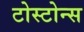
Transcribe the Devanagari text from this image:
टोस्टोन्स